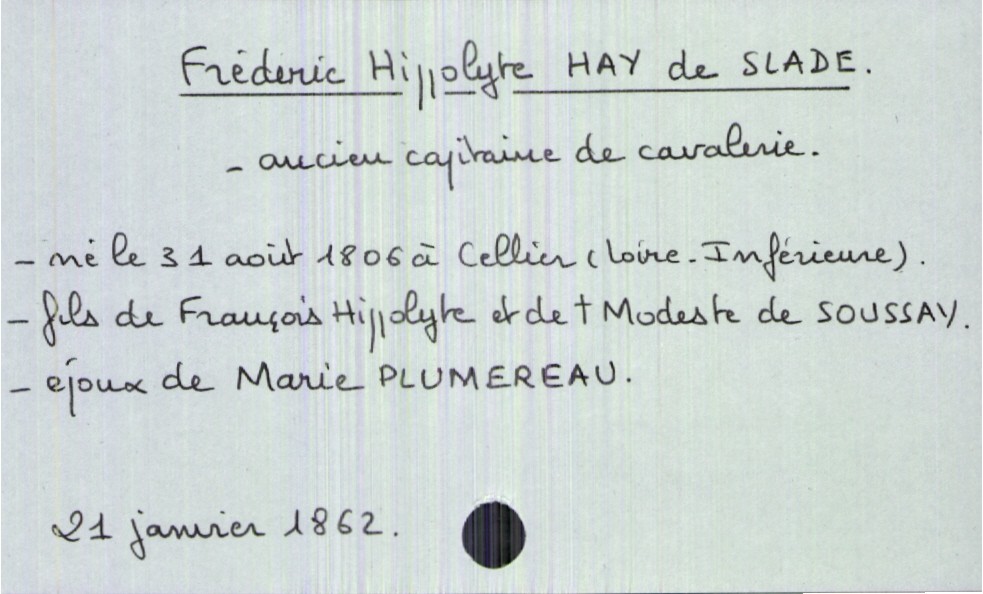
type_acte: Décès
année: 1862
mois: janvier
jour: 21
défunt_nom: Hay de Slade
défunt_prénom: Frédéric Hippolyte
défunt_sexe: H
défunt_profession: ancien capitaine de cavalerie
défunt_date_de_naissance: 31 août 1806
défunt_lieu_de_naissance: Cellier (Loire-Inférieure)
défunt_statut: marié(e)
père_défunt_nom: Hay de Slade
père_défunt_prénom: François Hippolyte
mère_défunt_nom: de Soussay
mère_défunt_prénom: Modeste
mère_défunt_statut: décédée